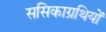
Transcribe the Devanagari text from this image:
ससिकाग्रथियों